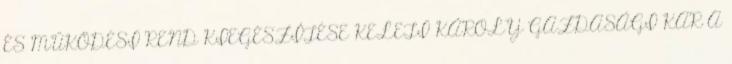
ÉS MŰKÖDÉSI REND KIEGÉSZÍTÉSE KELETI KÁROLY GAZDASÁGI KAR A